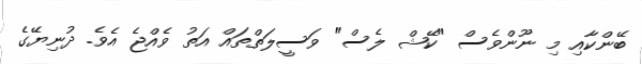
ބޭންކާއި މި ނޫންވެސް "ކޭޝް ލެސް" ވަސީލަތްތައް އަތު ވެއްޖެ އެވެ. ދުނިޔޭގެ